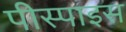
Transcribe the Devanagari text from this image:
पीस्पाइस